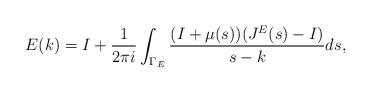
LaTeX: \begin{align*} E(k)=I+\frac{1}{2\pi i}\int_{\Gamma_E}\frac{(I+\mu(s))(J^E(s)-I)}{s-k}ds,\end{align*}